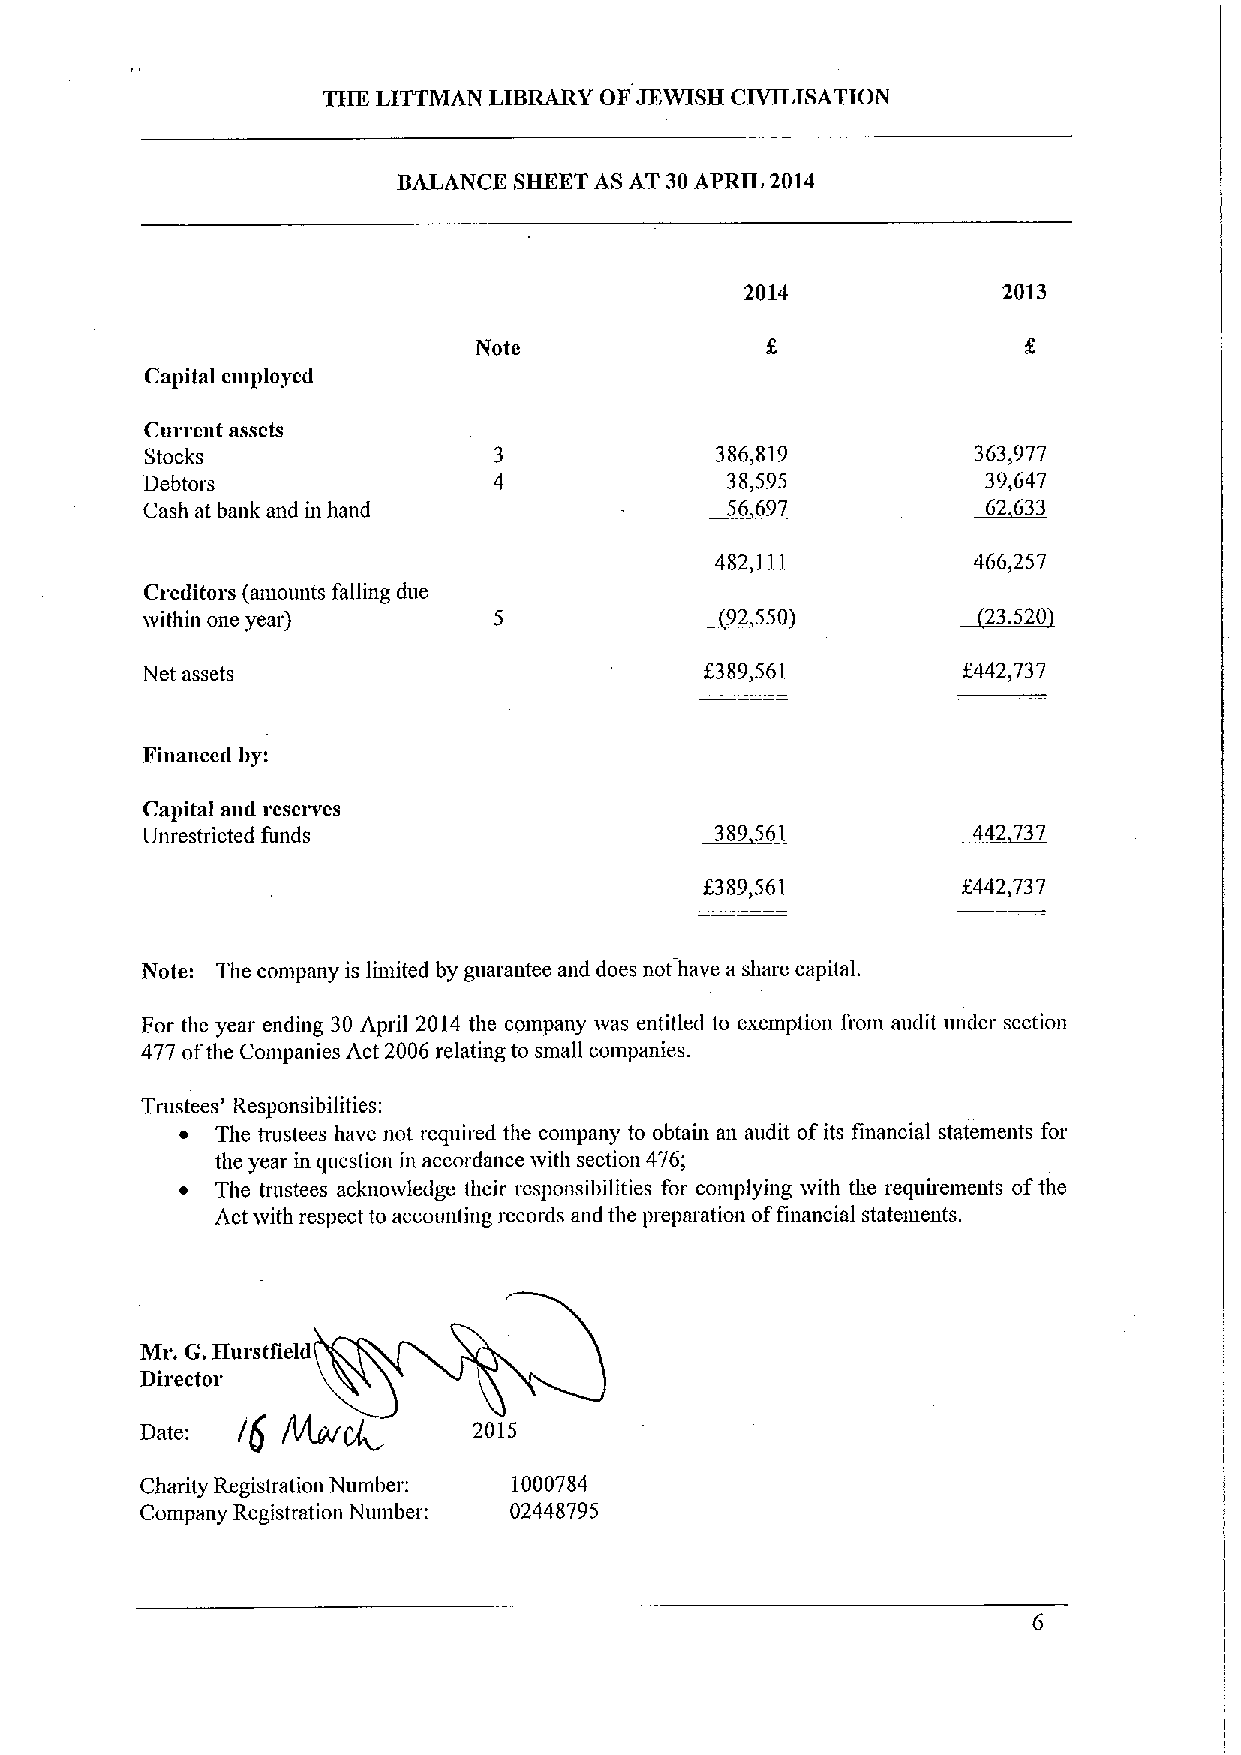
THE LITTMAN LIBRARY OF JEWISH CIVILISATION
 BALANCE SHEET AS AT 30APRIL 2014
 2014             2013
 Note
 Capital employed
 Curreut assets
 Stocks                               386,819           363,977
 Debtors                                38,595           39,647
 Cash at bank and in hand               56 697           62 633
 482,111          466,257
 Creditors (aiuounts falling due
 ivithin one year)                      92 550           23 520
 I
 Net assets                            8389,561         442,737
 Fiuauced by:
 Capital and reserves
 Unrestricted funds                    389561           442 737
 f
 8389,561         442,737
 Note: The company is liuiited by guarantee and does not have a share capital.
 For the year ending 30 April 2014 the company ivas entitled to exeinption from audit under section
 477 ofthe Companies Act 2006 relating to small companies.
 Trustees' Responsibilities:
 ~ The trustees have not required the company to obtaui an audit ofits financial statements for
 the year in question in accordance xvith section 476;
 ~ The trustees acknowledge their responsibilities for complying svith the requirements ofthe
 Act svith respect to accounting records and the preparation offinancial stateiuents.
 Mr. G.Hurstfield
 ~
 Director
 Date:  /$             2015
 Charity Registration Number: 1000784
 Company Registration Number: 02448795